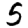
Digit: 5